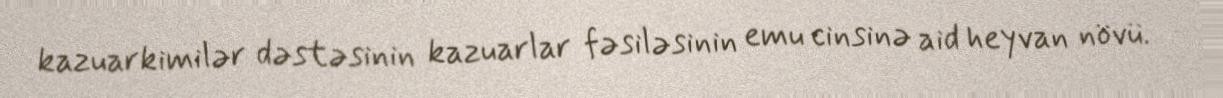
kazuarkimilər dəstəsinin kazuarlar fəsiləsinin emu cinsinə aid heyvan növü.